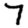
Digit: 7